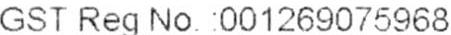
GST REG NO.: 001269075968